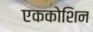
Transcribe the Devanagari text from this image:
एककोशिन